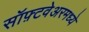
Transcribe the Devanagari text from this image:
सॉफ़्टवेअरमध्ये